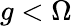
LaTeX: g<\Omega